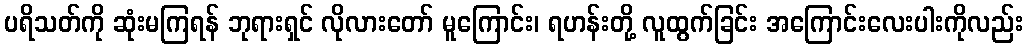
ပရိသတ်ကို ဆုံးမကြရန် ဘုရားရှင် လိုလားတော် မူကြောင်း၊ ရဟန်းတို့ လူထွက်ခြင်း အကြောင်းလေးပါးကိုလည်း